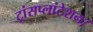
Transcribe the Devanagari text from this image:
ट्रांसप्लांटेशन।